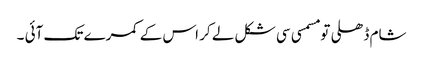
شام ڈھلی تو مسمسی سی شکل لے کر اس کے کمرے تک آئی ۔